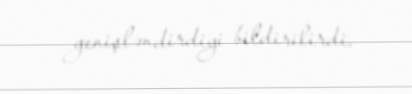
genişləndirdiyi bildirilirdi.